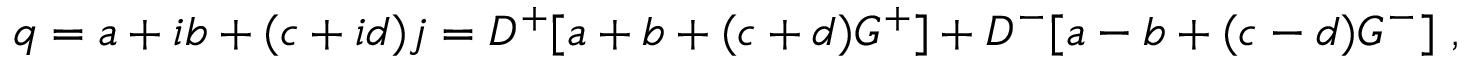
q = a + i b + ( c + i d ) j = D ^ { + } [ a + b + ( c + d ) G ^ { + } ] + D ^ { - } [ a - b + ( c - d ) G ^ { - } ] ~ ,